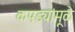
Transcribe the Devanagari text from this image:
कपड्यांमूळे